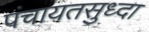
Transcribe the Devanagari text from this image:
पंचायतसुध्दा